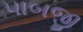
પાબજી